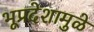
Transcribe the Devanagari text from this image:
भूप्रदेशामुळे